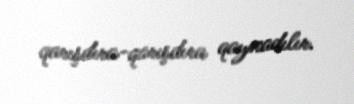
qarışdıra-qarışdıra qaynadılır.